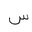
Letter: _sin